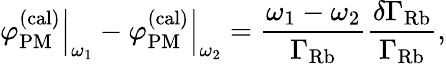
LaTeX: \left.\varphi_{\mathrm{PM}}^{(\mathrm{cal)}}\right\vert_{\omega_{1}}-\left.\varphi_{\mathrm{PM}}^{(\mathrm{cal)}}\right\vert_{\omega_{2}}=\frac{\omega_{1}-\omega_{2}}{\Gamma_{\mathrm{Rb}}}\frac{\delta\Gamma_{\mathrm{Rb}}}{\Gamma_{\mathrm{Rb}}},